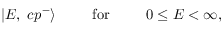
| E , \ c p ^ { - } \rangle \phantom { 0 0 0 0 0 } \mathrm { f o r } \phantom { 0 0 0 0 0 } 0 \leq E < \infty ,